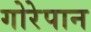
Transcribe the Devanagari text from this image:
गोरेपान